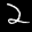
Label: 2